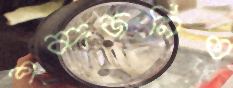
শব্দজনিত